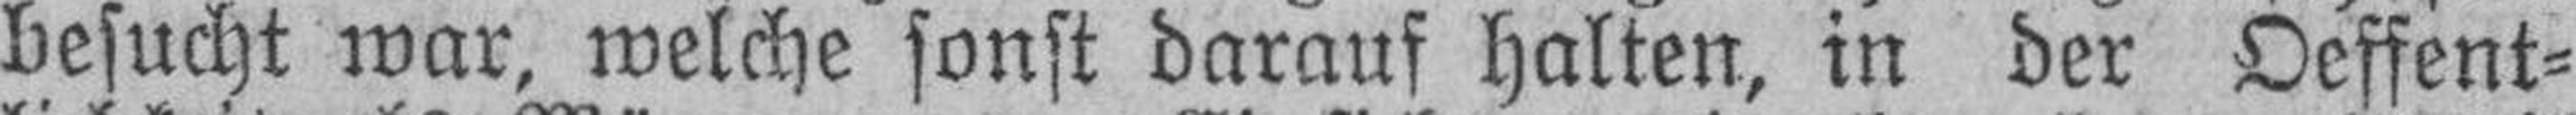
besucht war, welche sonst darauf halten, in der Oeffent¬